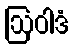
ဩဝါဒံ